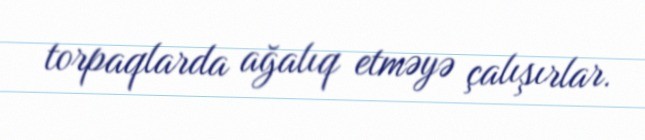
torpaqlarda ağalıq etməyə çalışırlar.